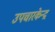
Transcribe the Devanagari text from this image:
उपचारकेन्द्र